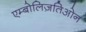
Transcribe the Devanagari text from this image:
एम्बोलिज़तिओन